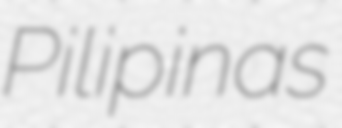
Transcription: Pilipinas